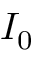
I _ { 0 }